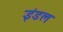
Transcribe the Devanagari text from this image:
इंडल